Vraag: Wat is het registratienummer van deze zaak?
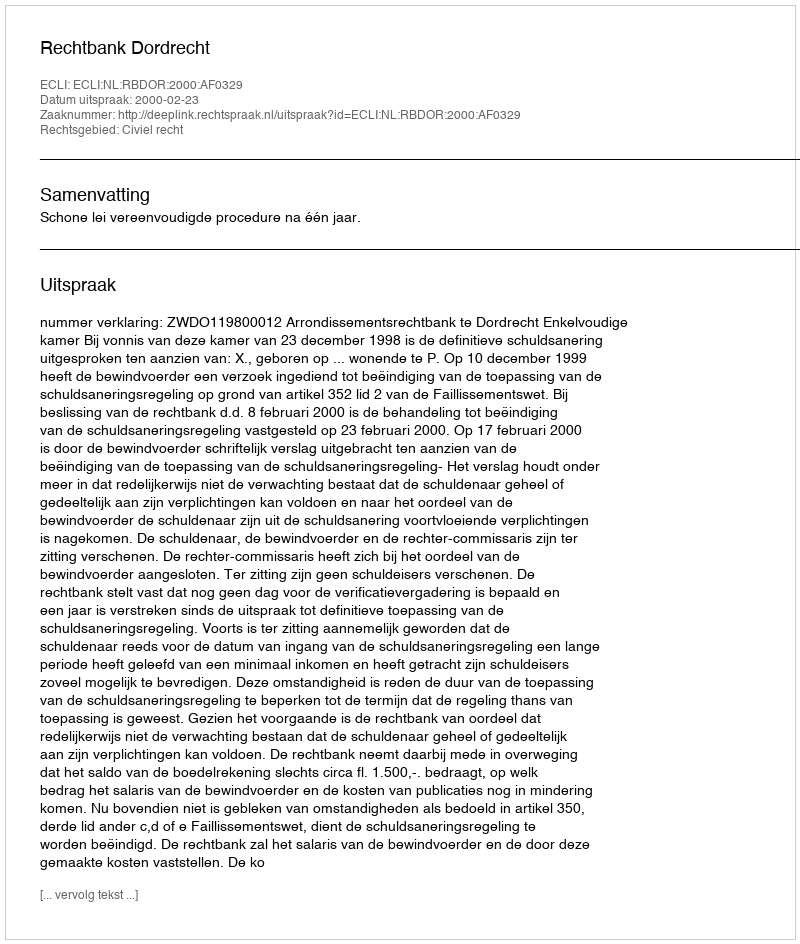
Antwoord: http://deeplink.rechtspraak.nl/uitspraak?id=ECLI:NL:RBDOR:2000:AF0329